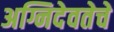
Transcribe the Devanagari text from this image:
अग्निदेवतेचे